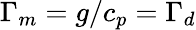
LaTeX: \Gamma_{m}=g/c_{p}=\Gamma_{d}